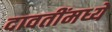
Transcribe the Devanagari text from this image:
दावतींमध्ये